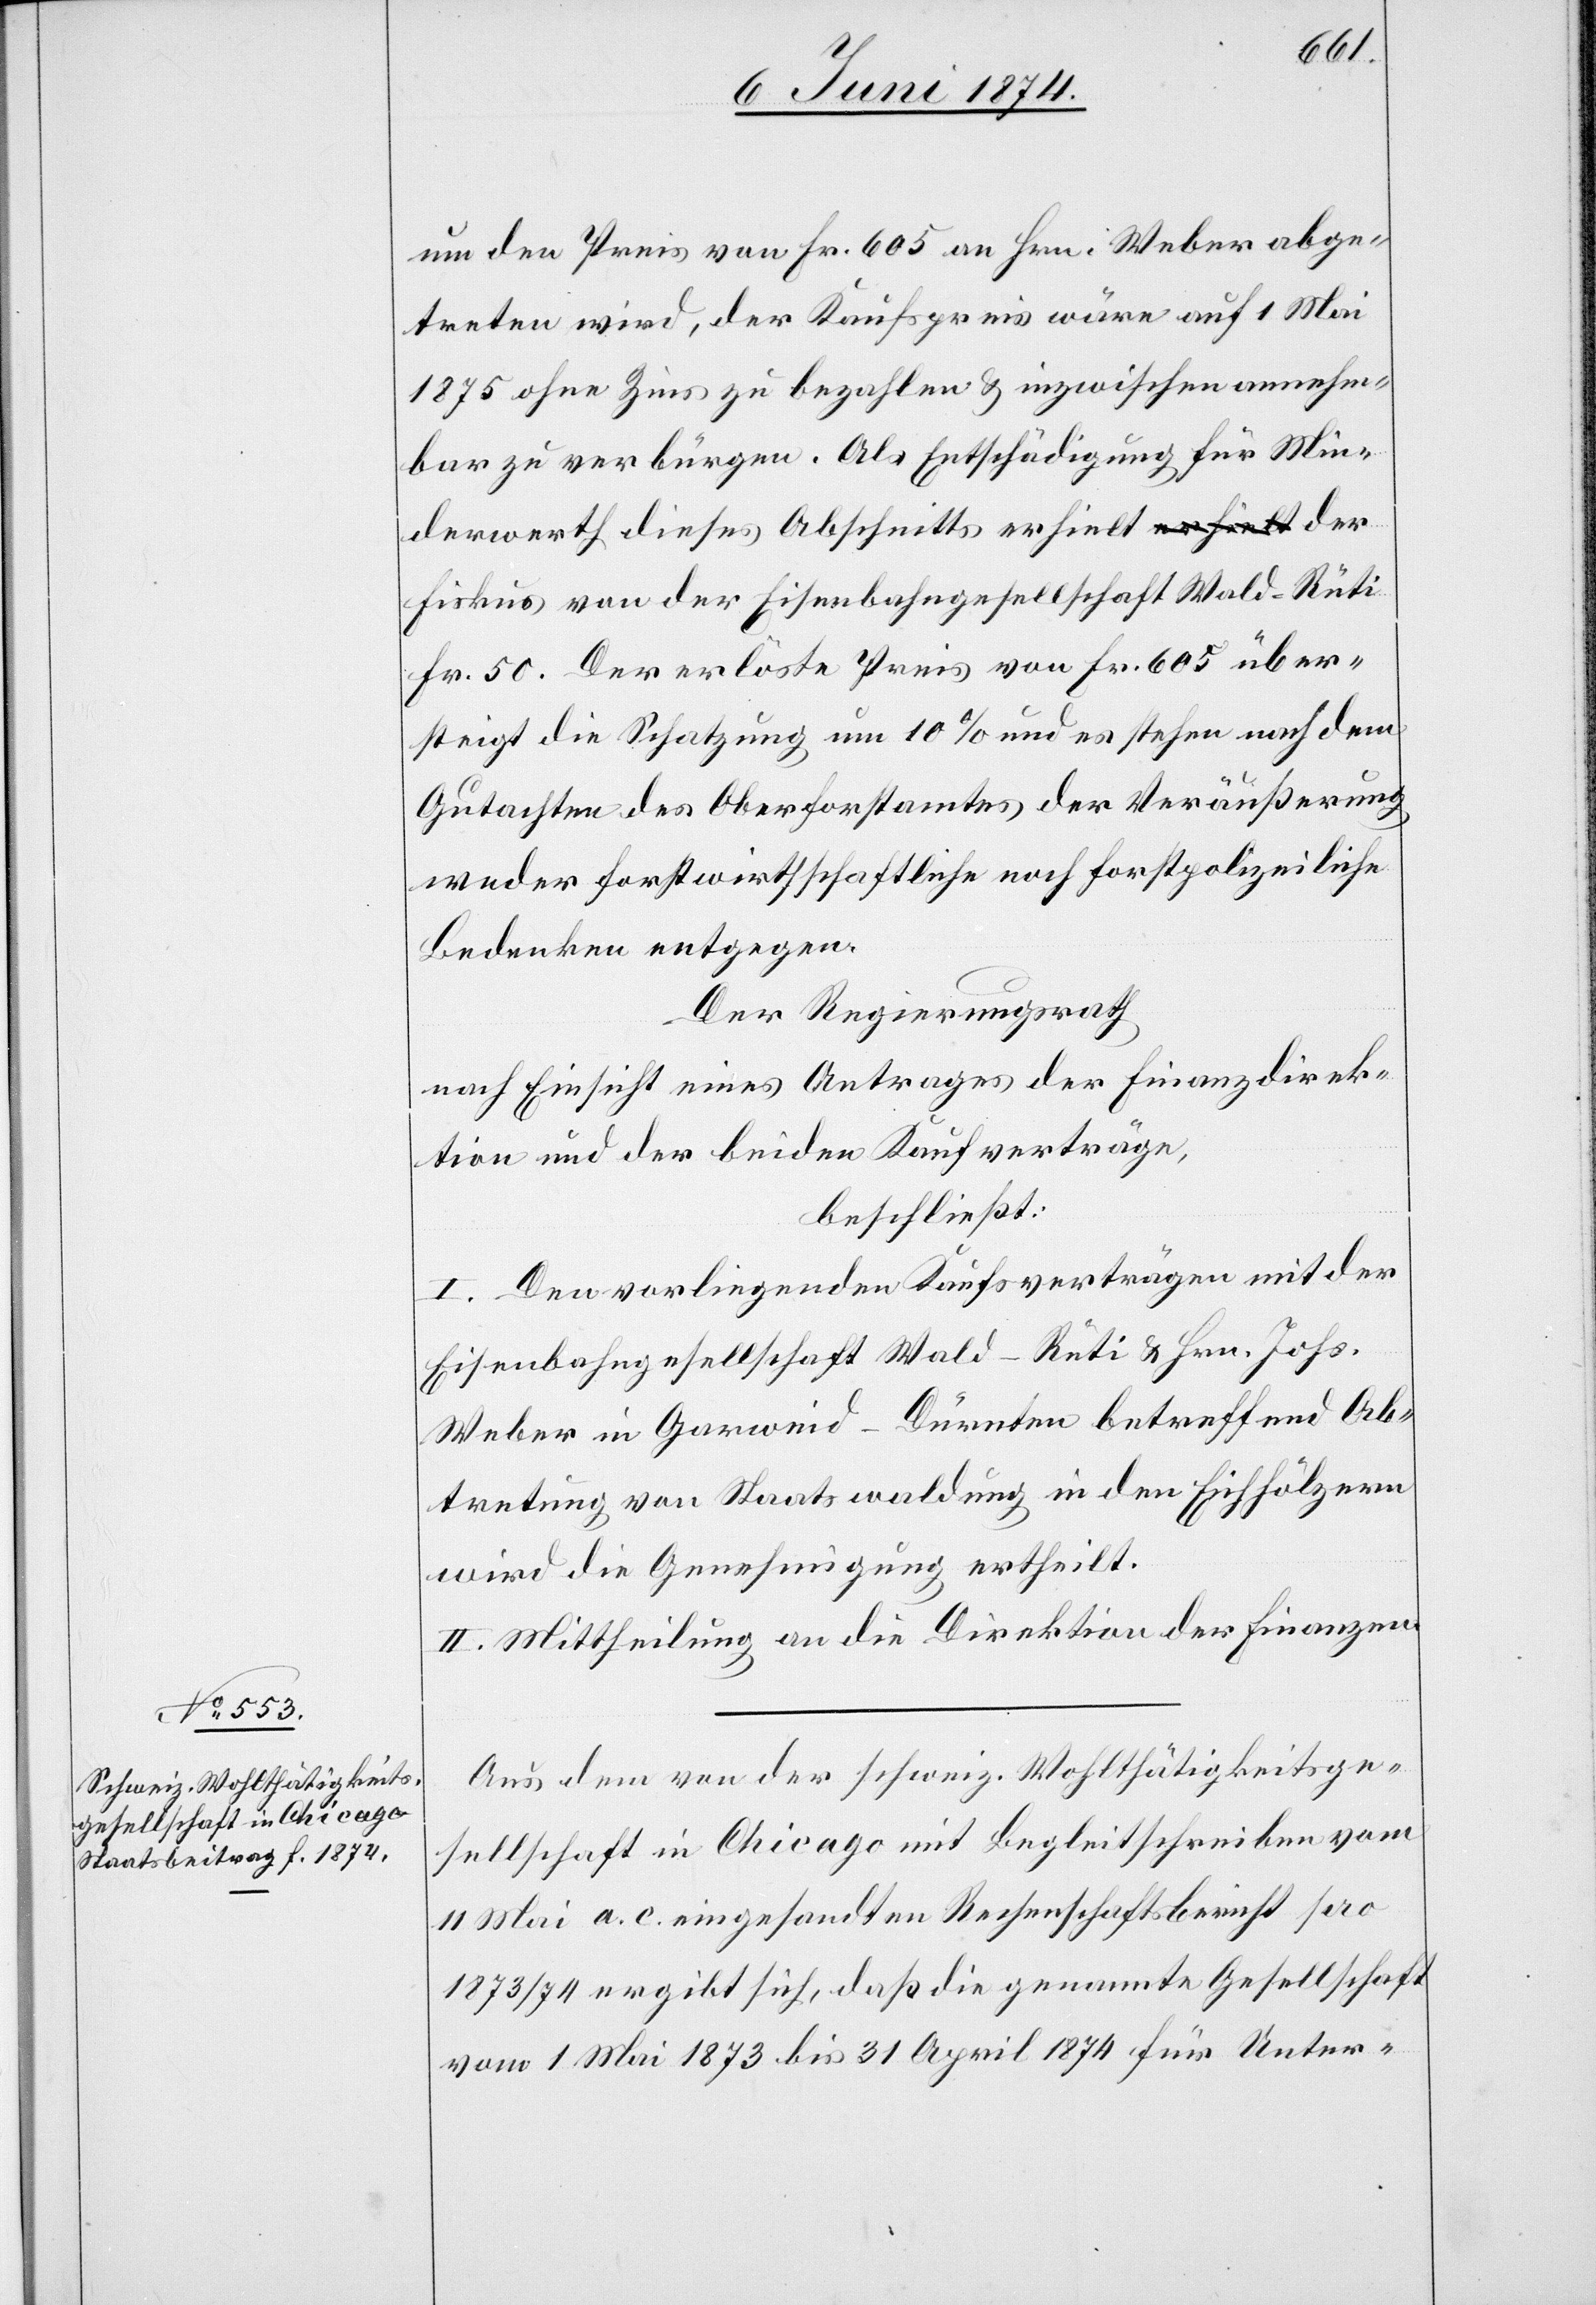
um den Preis von Fr. 605 an Hrn. Weber abge¬
treten wird, der Kaufspreis wäre auf 1 Mai
1875 ohne Zins zu bezahlen und inzwischen annehm¬
bar zu verbürgen. Als Entschädigung für Min¬
derwerth dieses Abschnitts erhielt der
Fiskus von der Eisenbahngesellschaft Wald-Rüti
Fr. 50. Der erlöste Preis von Fr. 605 über¬
steigt die Schatzung um 10% und es stehen nach dem
Gutachten des Oberforstamtes der Veräußerung
weder forstwirthschaftliche noch forstpolizeiliche
Bedenken entgegen.
Der Regierungsrath
nach Einsicht eines Antrages der Finanzdirek¬
tion und der beiden Kaufverträge,
beschließt:
I. Den vorliegenden Kaufsverträgen mit der
Eisenbahngesellschaft Wald-Rüti u. Hrn. Johs.
Weber in Garweid-Dürnten betreffend Ab¬
tretung von Staatswaldung in den Eichhölzern
wird die Genehmigung ertheilt.
II. Mittheilung an die Direktion der Finanzen.
Aus dem von der schweiz. Wohlthätigkeitsge¬
sellschaft in Chicago mit Begleitschreiben vom
11. Mai a. c. eingesandten Rechenschaftsbericht pro
1873/74 ergibt sich, daß die genannte Gesellschaft
vom 1. Mai 1873 bis 31. April 1874 für Unter-